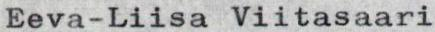
Eeva-Liisa Viitasaari